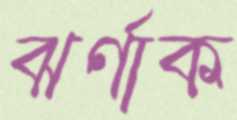
ঝর্ণাক